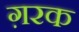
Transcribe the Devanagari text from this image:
ग़रक